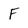
Character: F